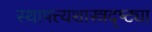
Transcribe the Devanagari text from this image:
स्थापत्त्यशास्त्रदृष्ट्या